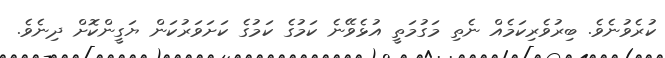
ކުރެވުނެވެ. ބިރުވެރިކަމެއް ނެތި މަގުމަތީ އުޅެވޭނެ ކަމުގެ ކަމުގެ ކަށަވަރުކަން ޔަގީންކޮށް ދިނެވެ.